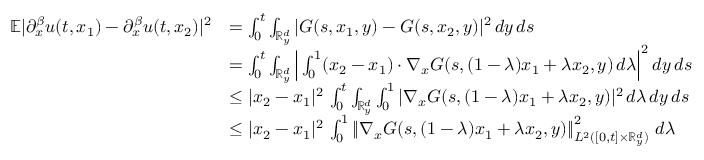
\begin{array} { r l } { \mathbb { E } | { \partial } _ { x } ^ { \beta } u ( t , x _ { 1 } ) - { \partial } _ { x } ^ { \beta } u ( t , x _ { 2 } ) | ^ { 2 } } & { = \int _ { 0 } ^ { t } \int _ { \mathbb R _ { y } ^ { d } } | G ( s , x _ { 1 } , y ) - G ( s , x _ { 2 } , y ) | ^ { 2 } \, d y \, d s } \\ & { = \int _ { 0 } ^ { t } \int _ { \mathbb R _ { y } ^ { d } } \Big | \int _ { 0 } ^ { 1 } ( x _ { 2 } - x _ { 1 } ) \cdot \nabla _ { x } G ( s , ( 1 - \lambda ) x _ { 1 } + \lambda x _ { 2 } , y ) \, d \lambda \Big | ^ { 2 } \, d y \, d s } \\ & { \leq | x _ { 2 } - x _ { 1 } | ^ { 2 } \, \int _ { 0 } ^ { t } \int _ { \mathbb R _ { y } ^ { d } } \int _ { 0 } ^ { 1 } | \nabla _ { x } G ( s , ( 1 - \lambda ) x _ { 1 } + \lambda x _ { 2 } , y ) | ^ { 2 } \, d \lambda \, d y \, d s } \\ & { \leq | x _ { 2 } - x _ { 1 } | ^ { 2 } \, \int _ { 0 } ^ { 1 } \left\lVert \nabla _ { x } G ( s , ( 1 - \lambda ) x _ { 1 } + \lambda x _ { 2 } , y ) \right\rVert _ { L ^ { 2 } ( [ 0 , t ] \times \mathbb R _ { y } ^ { d } ) } ^ { 2 } \, d \lambda } \end{array}